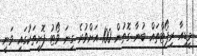
މީޑިއާ ރިޕޯޓްތައް ބުނާ ގޮތުން 100 އަށްވުރެ ގިނަ ވޯޓު ފޮށިތަކުގައި ވަނީ